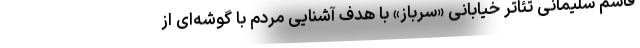
قاسم سلیمانی تئاتر خیابانی «سرباز» با هدف آشنایی مردم با گوشه‌ای از